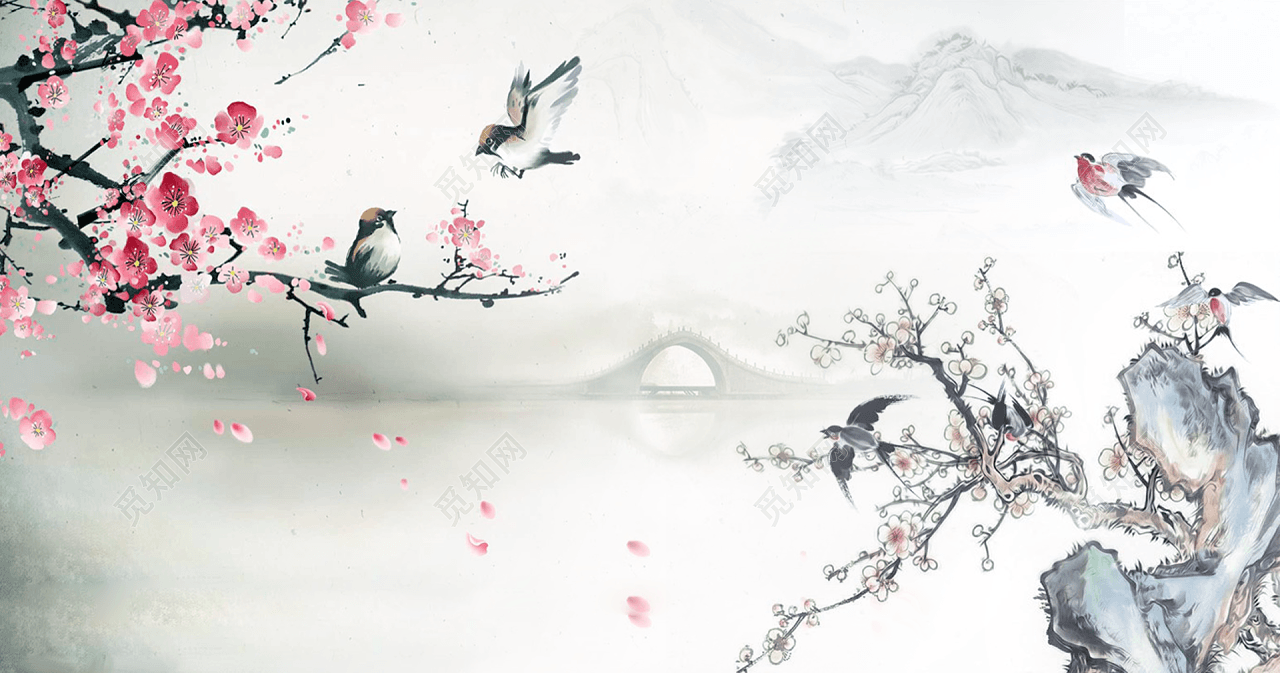
春水迷天，桃花浪几番风恶。